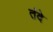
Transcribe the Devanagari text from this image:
तंदे